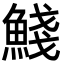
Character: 䱠